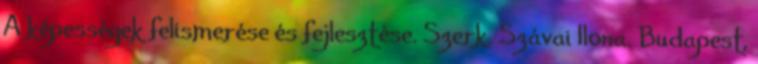
A képességek felismerése és fejlesztése. Szerk. Szávai Ilona. Budapest,